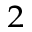
_ 2